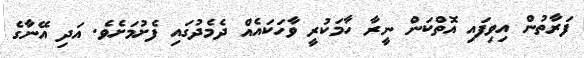
ފަރާތުން އިވިފައި އޮތްކަން ނީރާ ހާމަކުރީ ވާހަކައެއް ދެމެދުގައި ފެށުމަށެވެ. އަދި އޭނާގެ